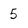
Character: 5